Document type: Sale
Year: 1430
Scribe: [Unknown]
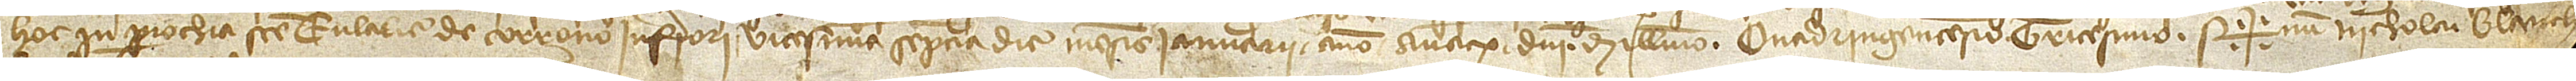
hoc in parrochia Sancte Eulalie de Corrono Inferiori vicesima septima die mensis ianuarii, anno a Nativitate Domini millesimo quadringentesimo tricesimo. Sig+num Nicholai Blanch [predicti, qui hoc]